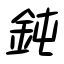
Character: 鈍